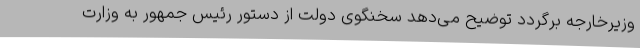
وزیرخارجه برگردد توضیح می‌دهد سخنگوی دولت از دستور رئیس جمهور به وزارت